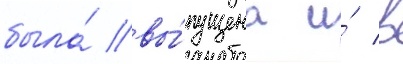
была́ вы́пущена и́ в